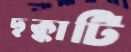
ছক্কাটি